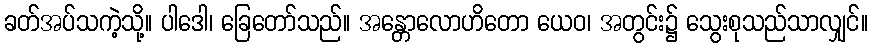
ခတ်အပ်သကဲ့သို့။ ပါဒေါ၊ ခြေတော်သည်။ အန္တောလောဟိတော ယေဝ၊ အတွင်း၌ သွေးစုသည်သာလျှင်။